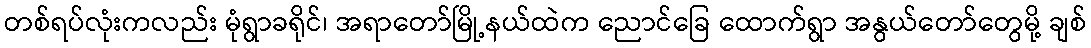
တစ်ရပ်လုံးကလည်း မုံရွာခရိုင်၊ အရာတော်မြို့နယ်ထဲက ညောင်ခြေ ထောက်ရွာ အနွယ်တော်တွေမို့ ချစ်